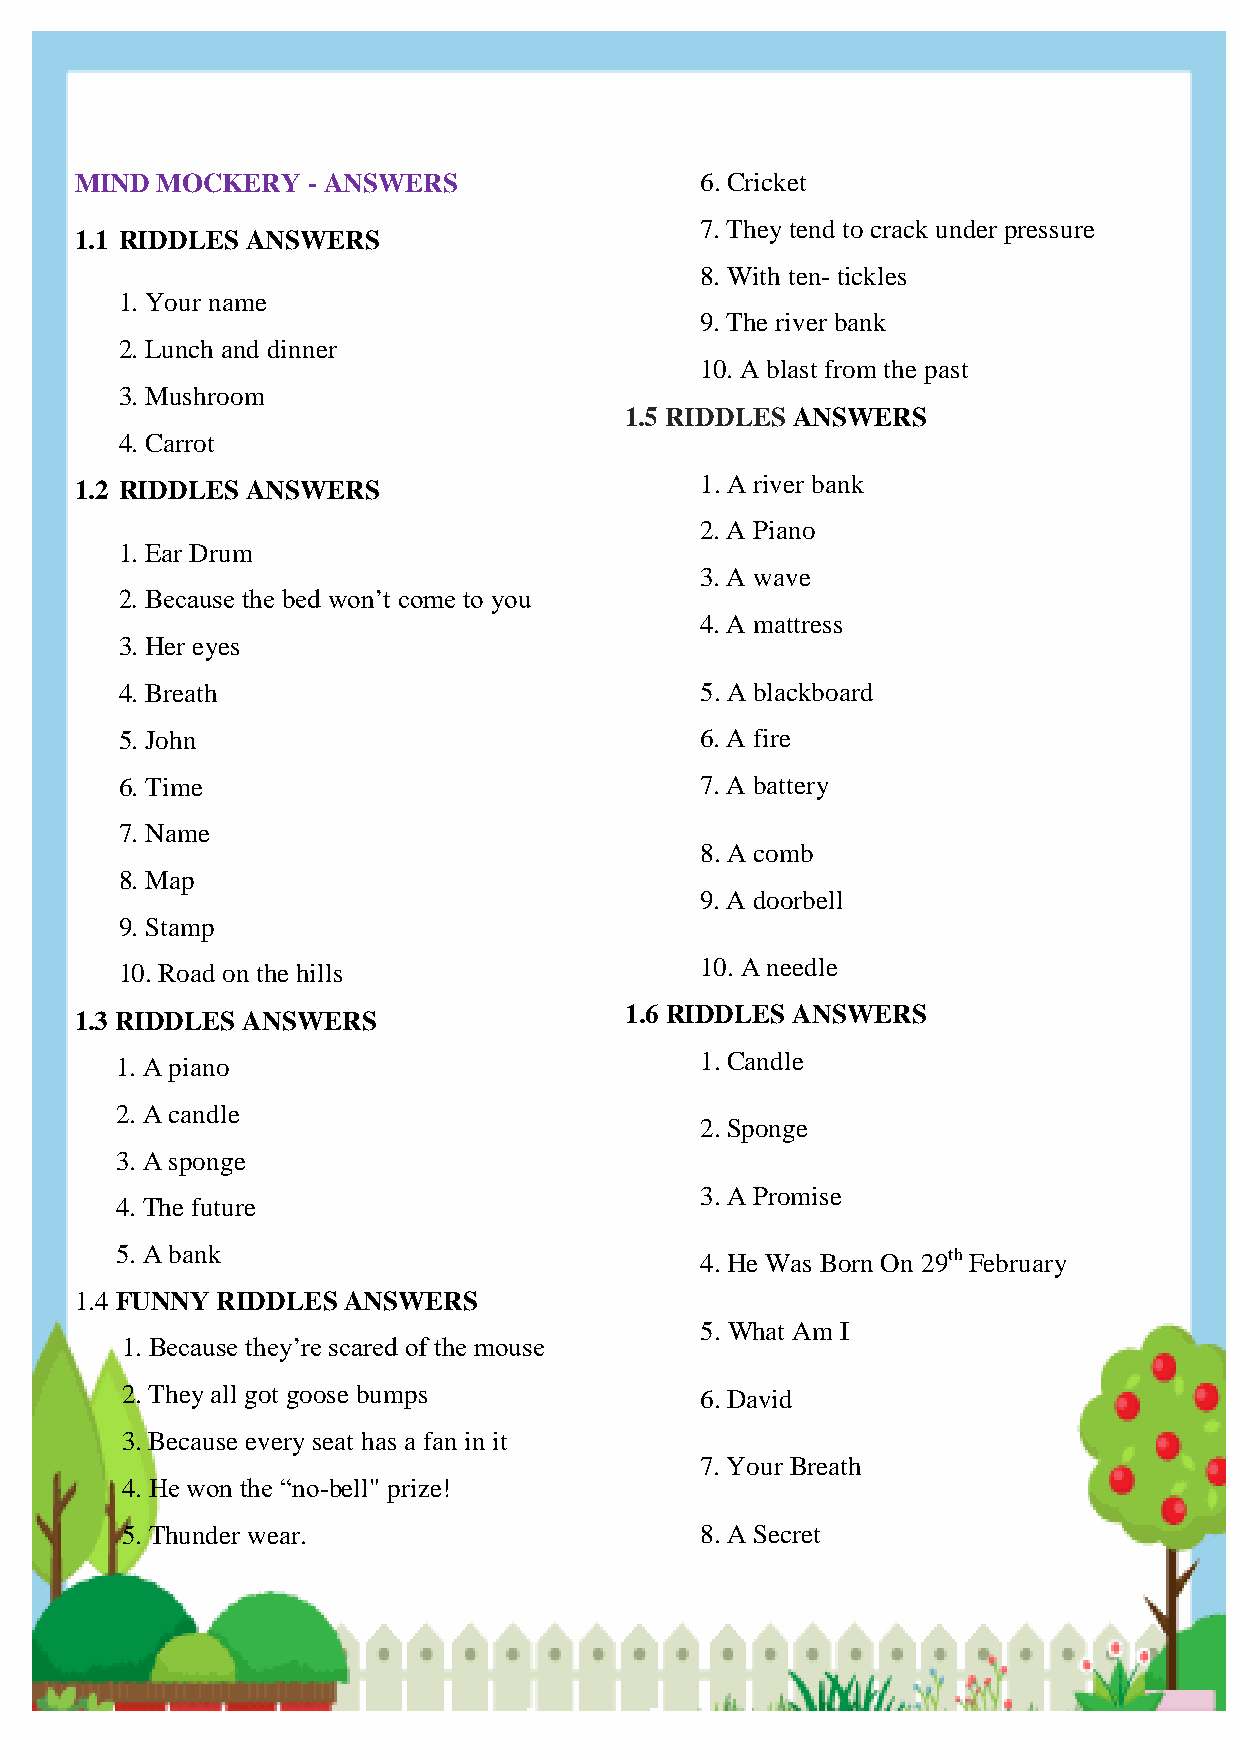
HONEY VIBES
 MIND MOCKERY   - ANSWERS                 6. Cricket
 7. They tend to crack under pressure
 1.1 RIDDLES ANSWERS
 8. With ten- tickles
 1. Your name
 9. The river bank
 2. Lunch and dinner
 10. A blast from the past
 3. Mushroom
 1.5 RIDDLES ANSWERS
 4. Carrot
 1. A river bank
 1.2 RIDDLES ANSWERS
 2. A Piano
 1. Ear Drum
 3. A wave
 2. Because the bed won‟t come to you
 4. A mattress
 3. Her eyes
 4. Breath                             5. A blackboard
 5. John                               6. A fire
 6. Time                               7. A battery
 7. Name
 8. A comb
 8. Map
 9. A doorbell
 9. Stamp
 10. A needle
 10. Road on the hills
 1.6 RIDDLES ANSWERS
 1.3 RIDDLES ANSWERS
 1. Candle
 1. A piano
 2. A candle
 2. Sponge
 3. A sponge
 3. A Promise
 4. The future
 5. A bank                             4. He Was Born On 29th February
 1.4 FUNNY RIDDLES ANSWERS
 5. What Am I
 1. Because they‟re scared of the mouse
 2. They all got goose bumps           6. David
 3. Because every seat has a fan in it
 7. Your Breath
 4. He won the “no-bell" prize!
 5. Thunder wear.                      8. A Secret
 154